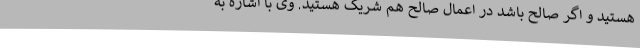
هستید و اگر صالح باشد در اعمال صالح هم شریک هستید. وی با اشاره به